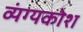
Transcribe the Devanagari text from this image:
व्यंग्यकोश